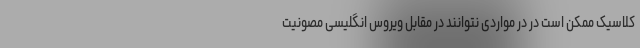
کلاسیک ممکن است در در مواردی نتوانند در مقابل ویروس انگلیسی مصونیت